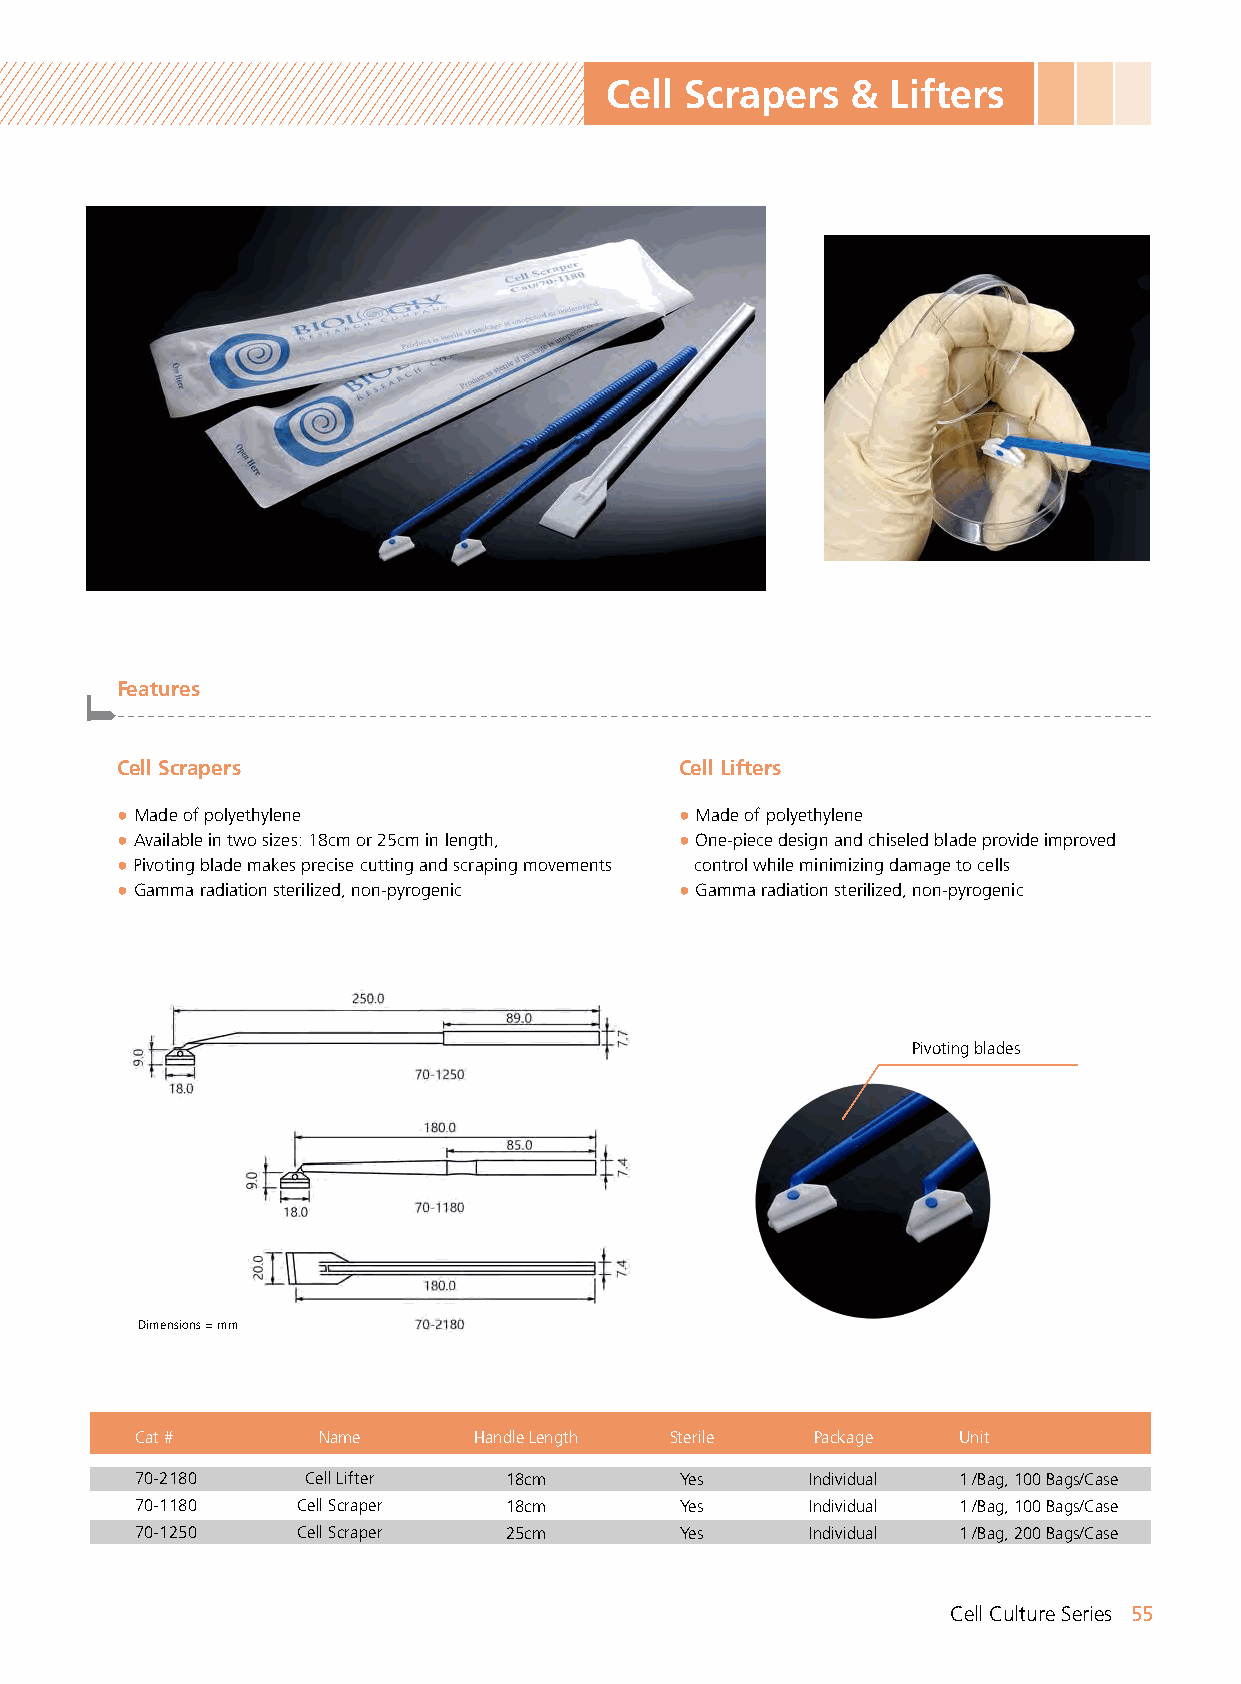
Cell Scrapers   &  Lifters
 Features
 -------------------------------------------------------------------------------------------------------
 Cell Scrapers                        Cell Lifters
 ● Made of polyethylene               ● Made of polyethylene
 ● Available in two sizes: 18cm or 25cm in length, ● One-piece design and chiseled blade provide improved
 ● Pivoting blade makes precise cutting and scraping movements control while minimizing damage to cells
 ● Gamma radiation sterilized, non-pyrogenic ● Gamma radiation sterilized, non-pyrogenic
 Pivoting blades
 Dimensions = mm
 Cat #       Name      Handle Length Sterile  Package  Unit
 70-2180    Cell Lifter  18cm        Yes      Individual 1 /Bag, 100 Bags/Case
 70-1180    Cell Scraper 18cm        Yes      Individual 1 /Bag, 100 Bags/Case
 70-1250    Cell Scraper 25cm        Yes      Individual 1 /Bag, 200 Bags/Case
 Cell Culture Series 55